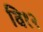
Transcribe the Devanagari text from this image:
वि१२